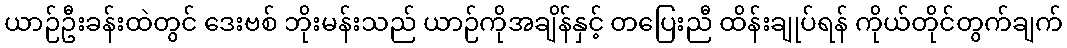
ယာဉ်ဦးခန်းထဲတွင် ဒေးဗစ် ဘိုးမန်းသည် ယာဉ်ကိုအချိန်နှင့် တပြေးညီ ထိန်းချုပ်ရန် ကိုယ်တိုင်တွက်ချက်